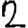
Digit: 2